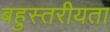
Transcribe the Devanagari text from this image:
बहुस्तरीयता